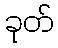
ခုတ်